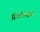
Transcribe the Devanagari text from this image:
सिडोसाइंस